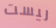
ليست